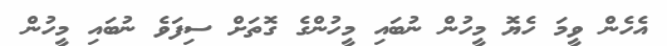
އެހެން ވީމަ ހެޔޮ މީހުން ނުބައި މީހުންގެ ގޮތަށް ސިފަވެ ނުބައި މީހުން